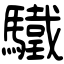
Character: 驖